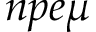
n p e \mu